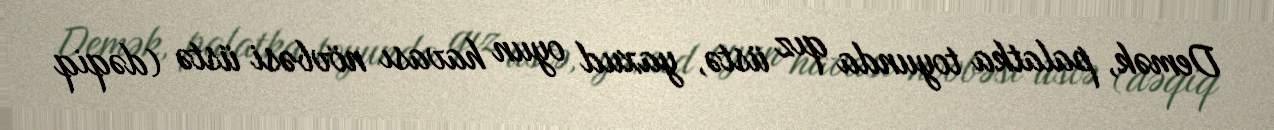
Demək, palatka toyunda qız üstə, yaxud oyun havası növbəsi üstə (dəqiq